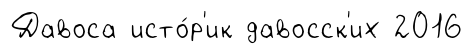
Давоса исто́р'ик давосск'их 2016